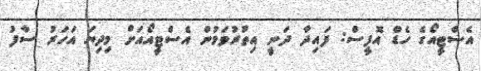
އެސްޓީއޯގެ ހެޑް އޮފީސް: ފައިދާ ދަނީ އިތުރުވަމުން އެސްޓީއޯއަށް މިދިޔަ އަހަރު ސާފު